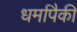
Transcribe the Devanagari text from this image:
धर्मापैकी